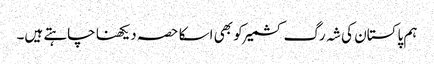
ہم پاکستان کی شہ رگ کشمیر کو بھی اسکا حصہ دیکھنا چاہتے ہیں۔